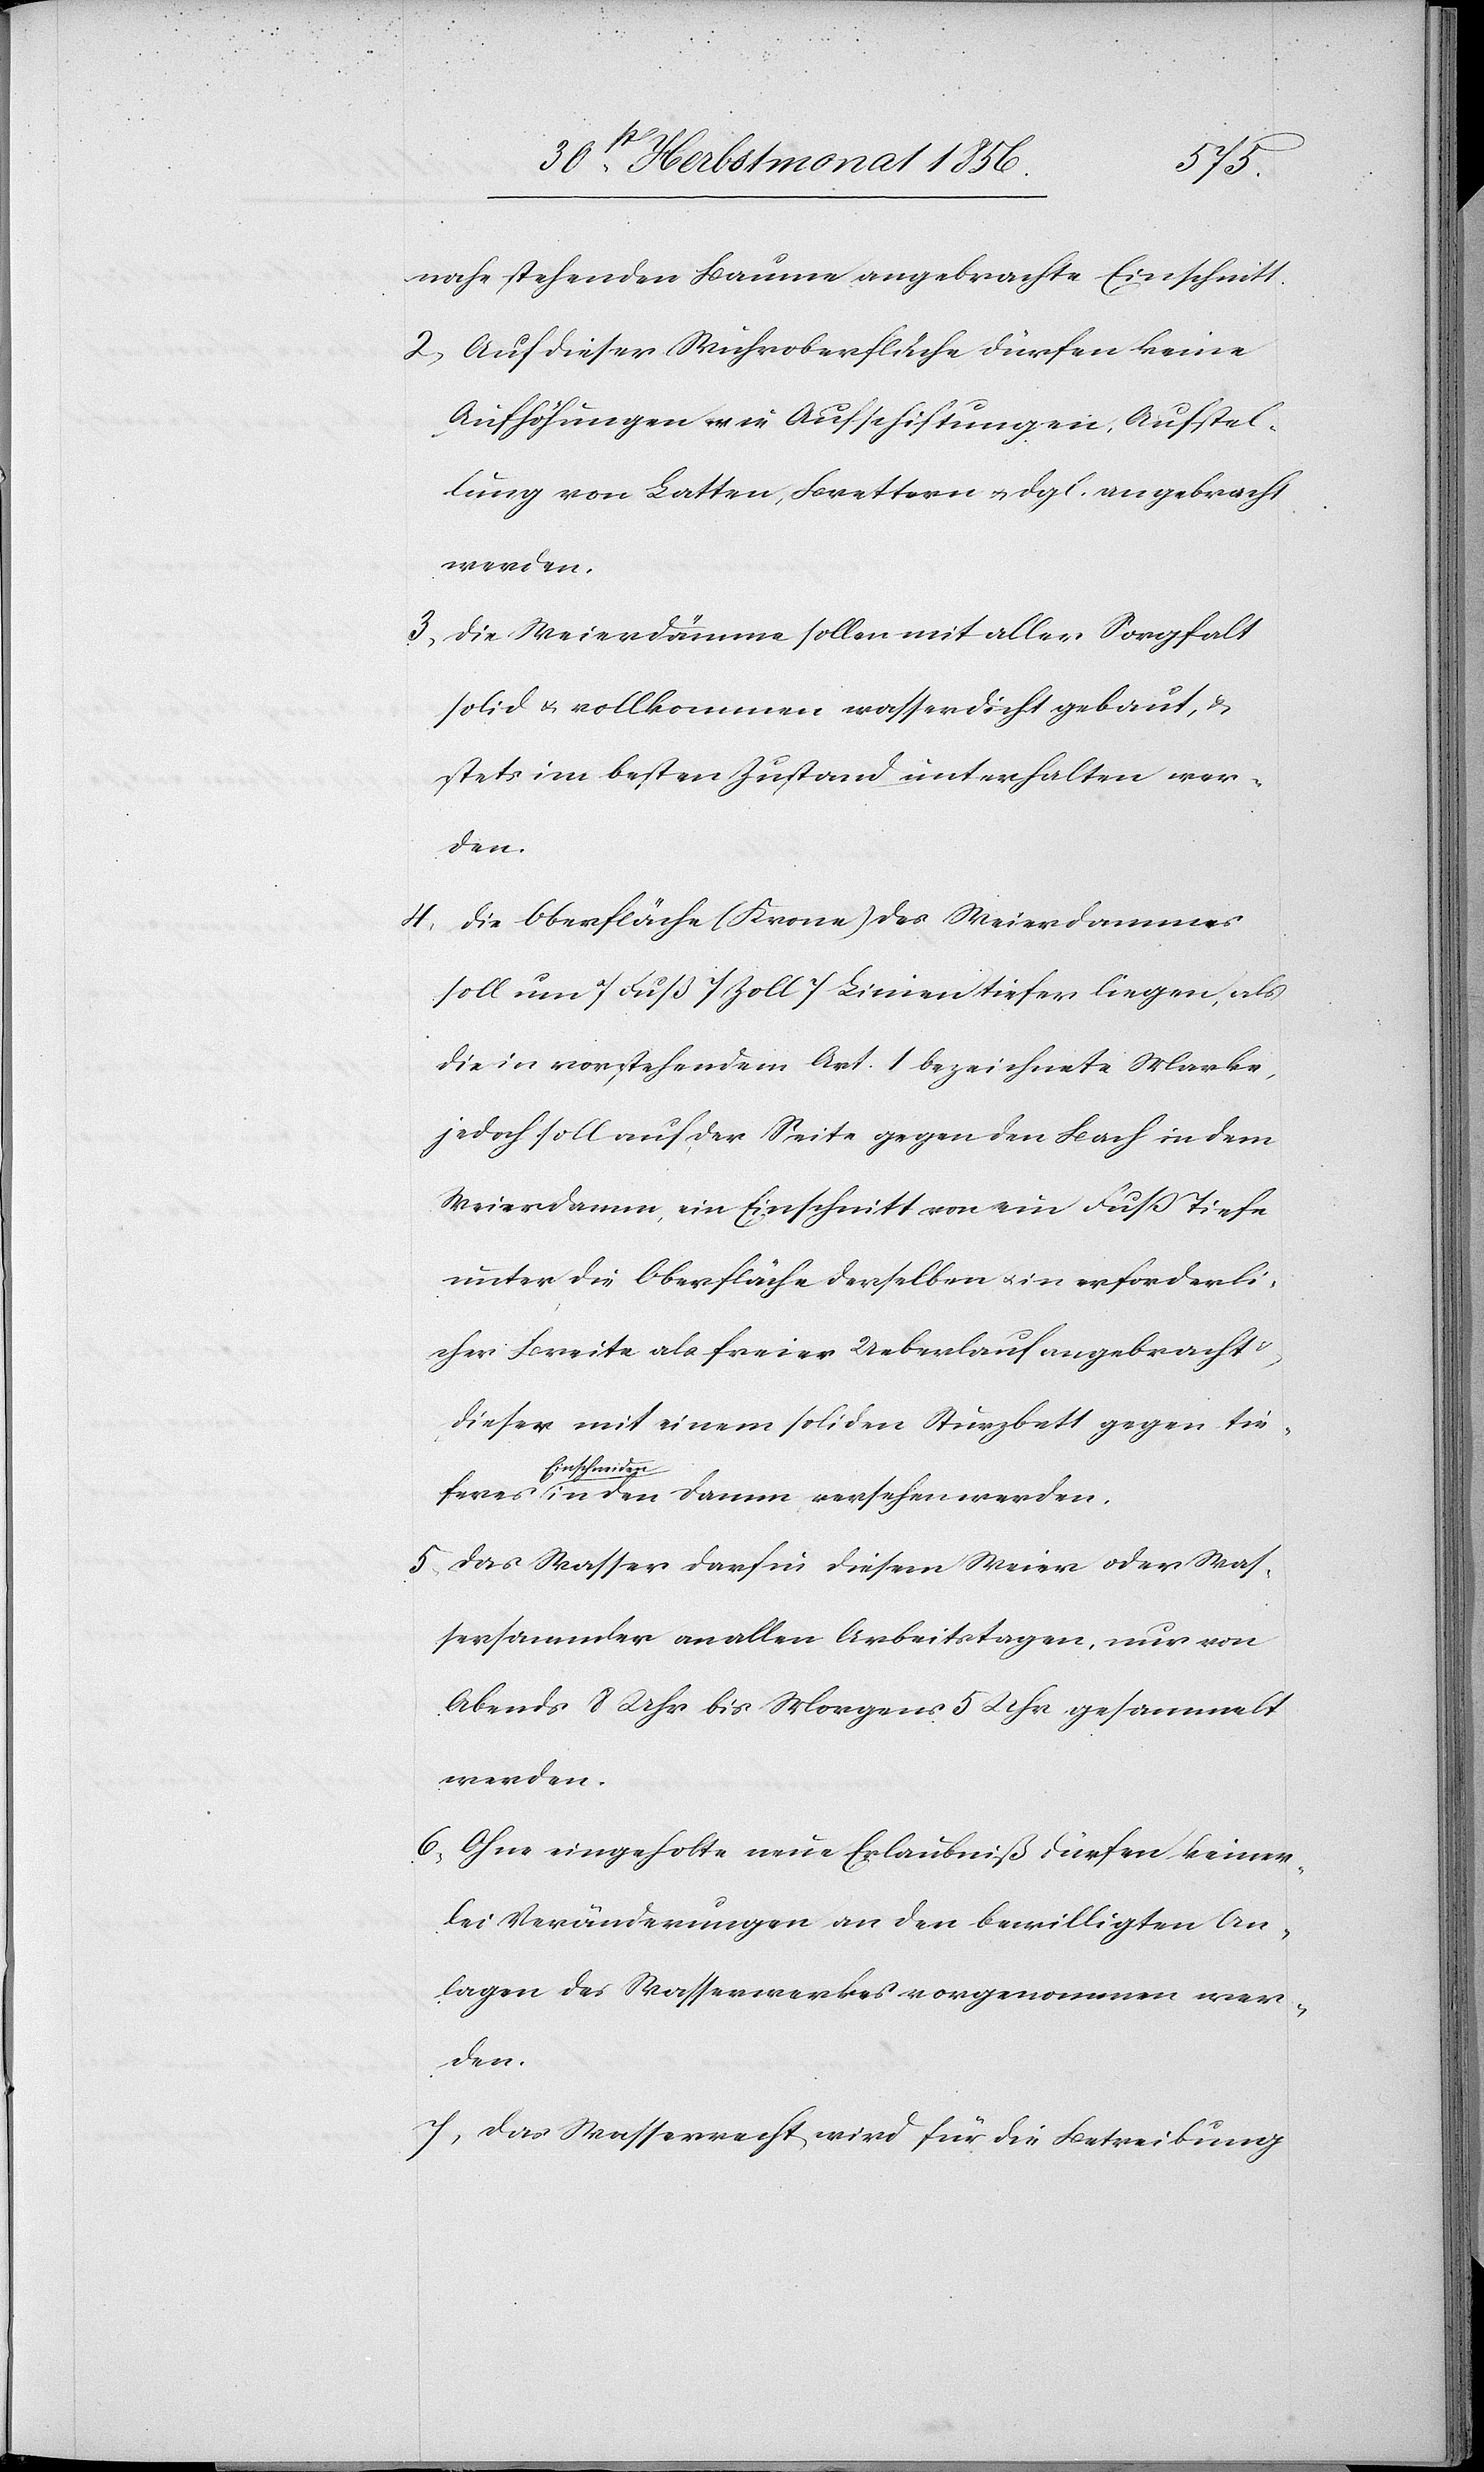
nahe stehenden Baume angebrachte Einschnitt.
2) Auf dieser Wuhroberfläche dürfen keine
Aufhöhungen wie Aufschiftungen, Aufstel¬
lung von Latten, Brettern u. dgl. angebracht
werden.
3) Die Weierdämme sollen mit aller Sorgfalt
solid u. vollkommen wasserdicht gebaut, &
stets im besten Zustand unterhalten wer¬
den.
4) Die Oberfläche (Krone) des Weierdammes
soll um 7 Fuß 7 Zoll 7 Linien tiefer liegen, als
die in vorstehendem Art. 1 bezeichnete Marke,
jedoch soll auf der Seite gegen den Bach in dem
Weierdamm, ein Einschnitt von ein Fuss Tiefe
unter die Oberfläche derselben u. in erforderli¬
cher Breite als freier Ueberlauf angebracht
dieser mit einem soliden Sturzbett gegen tie¬
a-Einschneiden-a
5) Das Wasser darf in diesem Weier oder Was¬
sersammler an allen Arbeitstagen, nur von
Abend 8 Uhr bis Morgens 5 Uhr gesammelt
werden.
6) Ohne eingeholte neue Erlaubniß dürfen keiner¬
lei Veränderungen an den bewilligten An¬
lagen des Wasserwerkes vorgenommen wer¬
den.
7) Das Wasserrecht wird für die Betreibung